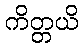
ကိတ္တယိ